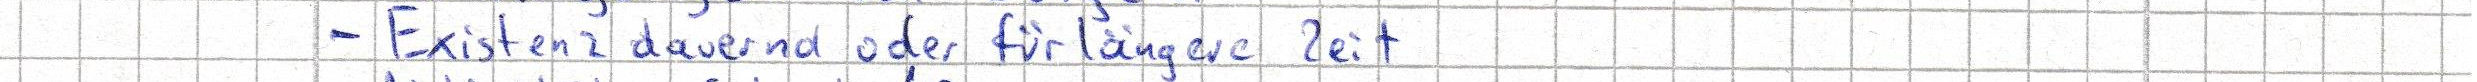
- Existenz dauernd oder für längere Zeit